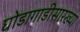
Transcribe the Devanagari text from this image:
घोडागाडीसारख्या